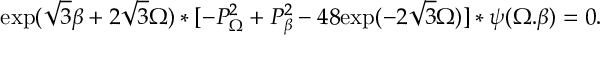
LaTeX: \mathrm { e x p } ( \sqrt { 3 } \beta + 2 \sqrt { 3 } \Omega ) * [ - P _ { \Omega } ^ { 2 } + P _ { \beta } ^ { 2 } - 4 8 \mathrm { e x p } ( - 2 \sqrt { 3 } \Omega ) ] * \psi ( \Omega . \beta ) = 0 .